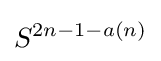
S^{2n-1-a(n)}